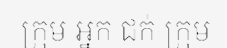
ក្រុម អ្នក ជក់ ក្រុម